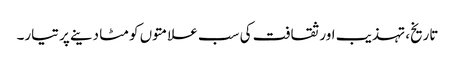
تاریخ، تہذیب اور ثقافت کی سب علامتوں کو مٹا دینے پر تیار۔